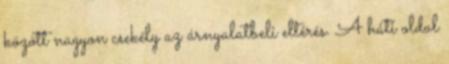
között nagyon csekély az árnyalatbeli eltérés. A háti oldal